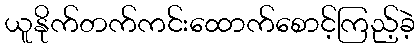
ယူနိုက်တက်ကင်းထောက်စောင့်ကြည့်ခဲ့